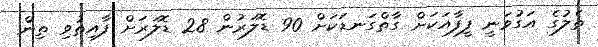
ތެލުގެ އަގުވަނީ ފީފާއަކަށް ގާތްގަނޑަކަށް 90 ޑޮލަރުން 28 ޑޮލަރަށް ފާއިތުވި ތިން